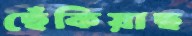
ছেঁকিয়াছ